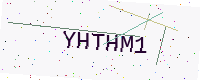
Text: YHTHM1